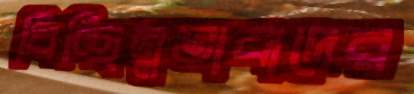
বিচ্ছিন্নতাবাদের